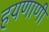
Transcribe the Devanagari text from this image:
हयणाणी